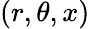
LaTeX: (r,\theta,x)